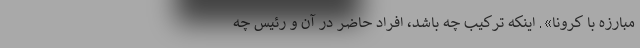
مبارزه با کرونا». اینکه ترکیب چه باشد، افراد حاضر در آن و رئیس چه